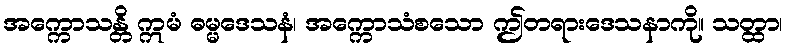
အက္ကောသန္တိ ဣမံ ဓမ္မဒေသနံ၊ အက္ကောသံစသော ဤတရားဒေသနာကို။ သတ္ထာ၊